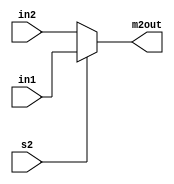
module Calc_MUX2 #(parameter Data_width = 4)(
    input [Data_width - 1:0] in1, in2,
    input s2,
    output reg [Data_width - 1:0] m2out
);

always @ (in1, in2, s2)
begin
    if(s2)
        m2out = in1;
    else
        m2out = in2;
end
endmodule